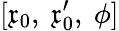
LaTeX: [{\mathfrak{x}}_{0},\ {\mathfrak{x}}_{0}^{\prime},\ \phi]